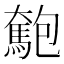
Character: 𩤄